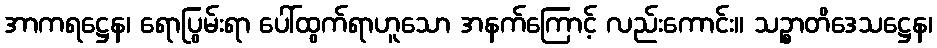
အာကရဋ္ဌေန၊ ရောပြွမ်းရာ ပေါ်ထွက်ရာဟူသော အနက်ကြောင့် လည်းကောင်း။ သဉ္စာတိဒေသဋ္ဌေန၊